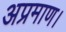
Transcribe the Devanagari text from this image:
अप्रमाण।